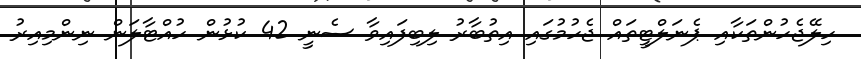
ހިލޭޖެހުންތަކާއި ޕެނަލްޓީތައް ޖެހުމުގައި އިތުބާރު ލިބިފައިވާ ސެނީ 42 ކުޅުން ހުއްޓާލަން ނިންމިއިރު